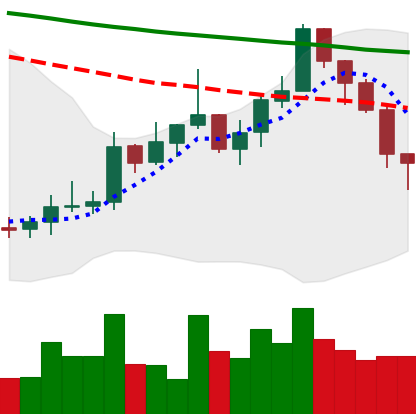
Ticker: XMR-USD
Chart end date: 2022-01-06
Forward return: -5.415%
Label: down_5_7